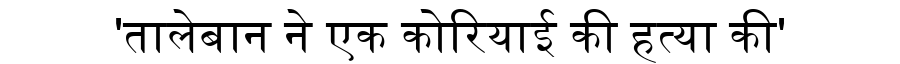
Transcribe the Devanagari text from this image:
'तालेबान ने एक कोरियाई की हत्या की'